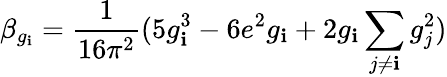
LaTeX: \beta_{g_{\mathbf{i}}}=\frac{{1}}{{16\pi^{2}}}(5g_{\mathbf{i}}^{3}-6e^{2}g_{\mathbf{i}}+2g_{\mathbf{i}}\sum_{j\neq\mathbf{i}}g_{j}^{2})